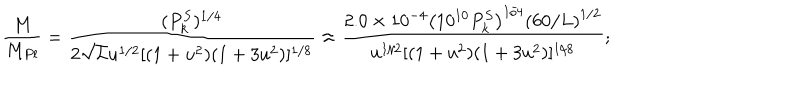
{ \frac { M } { M _ { P l } } } = { \frac { ( P _ { k } ^ { S } ) ^ { 1 / 4 } } { 2 \sqrt { L } u ^ { 1 / 2 } [ ( 1 + u ^ { 2 } ) ( 1 + 3 u ^ { 2 } ) ] ^ { 1 / 8 } } } \approx { \frac { 2 . 0 \times 1 0 ^ { - 4 } \left( 1 0 ^ { 1 0 } P _ { k } ^ { S } \right) ^ { 1 / 4 } \left( { 6 0 / L } \right) ^ { 1 / 2 } } { u ^ { 1 / 2 } [ ( 1 + u ^ { 2 } ) ( 1 + 3 u ^ { 2 } ) ] ^ { 1 / 8 } } } ;